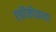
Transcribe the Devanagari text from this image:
एकीकीकरण